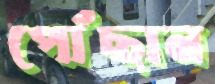
পোঁছান